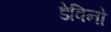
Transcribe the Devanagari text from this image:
डेविनो